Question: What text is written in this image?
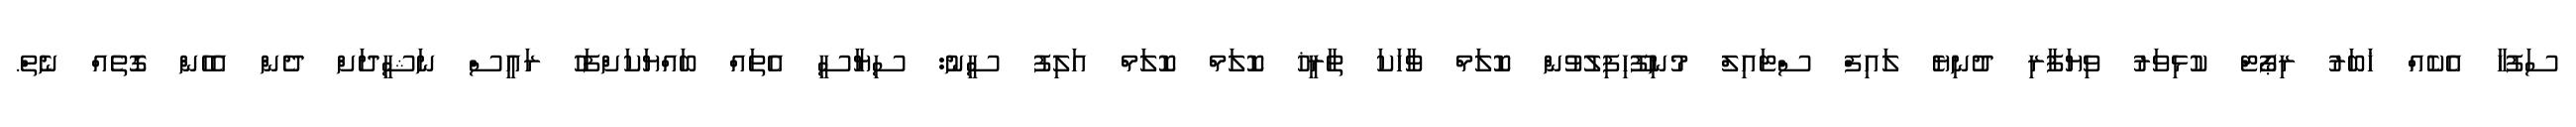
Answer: ސަފުހާ އެކެއް ޚަބަރު ރިޕޯޓް ކުޅިވަރު ވިޔަފާރި ދުނިޔެ ލައިފް ސްޓައިލް މުނިފޫހިފިލުވުން ކޮލަމް ވާހަކަ ތާރީޚު ކޮލަމް ކޮލަމް އަލިފު ސީނު: ސިޔާސީ އެތައް ބައްޔަކަށްފަހު ރައީސް ނަޝީދަށް ދެން އެހެން ގޮތެއް ނެތް.